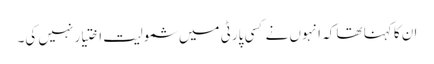
ان کا کہنا تھا کہ انہوں نے کسی پارٹی میں شمولیت اختیار نہیں کی۔